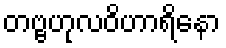
တဗ္ဗဟုလဝိဟာရိနော